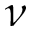
\nu